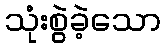
သုံးစွဲခဲ့သော